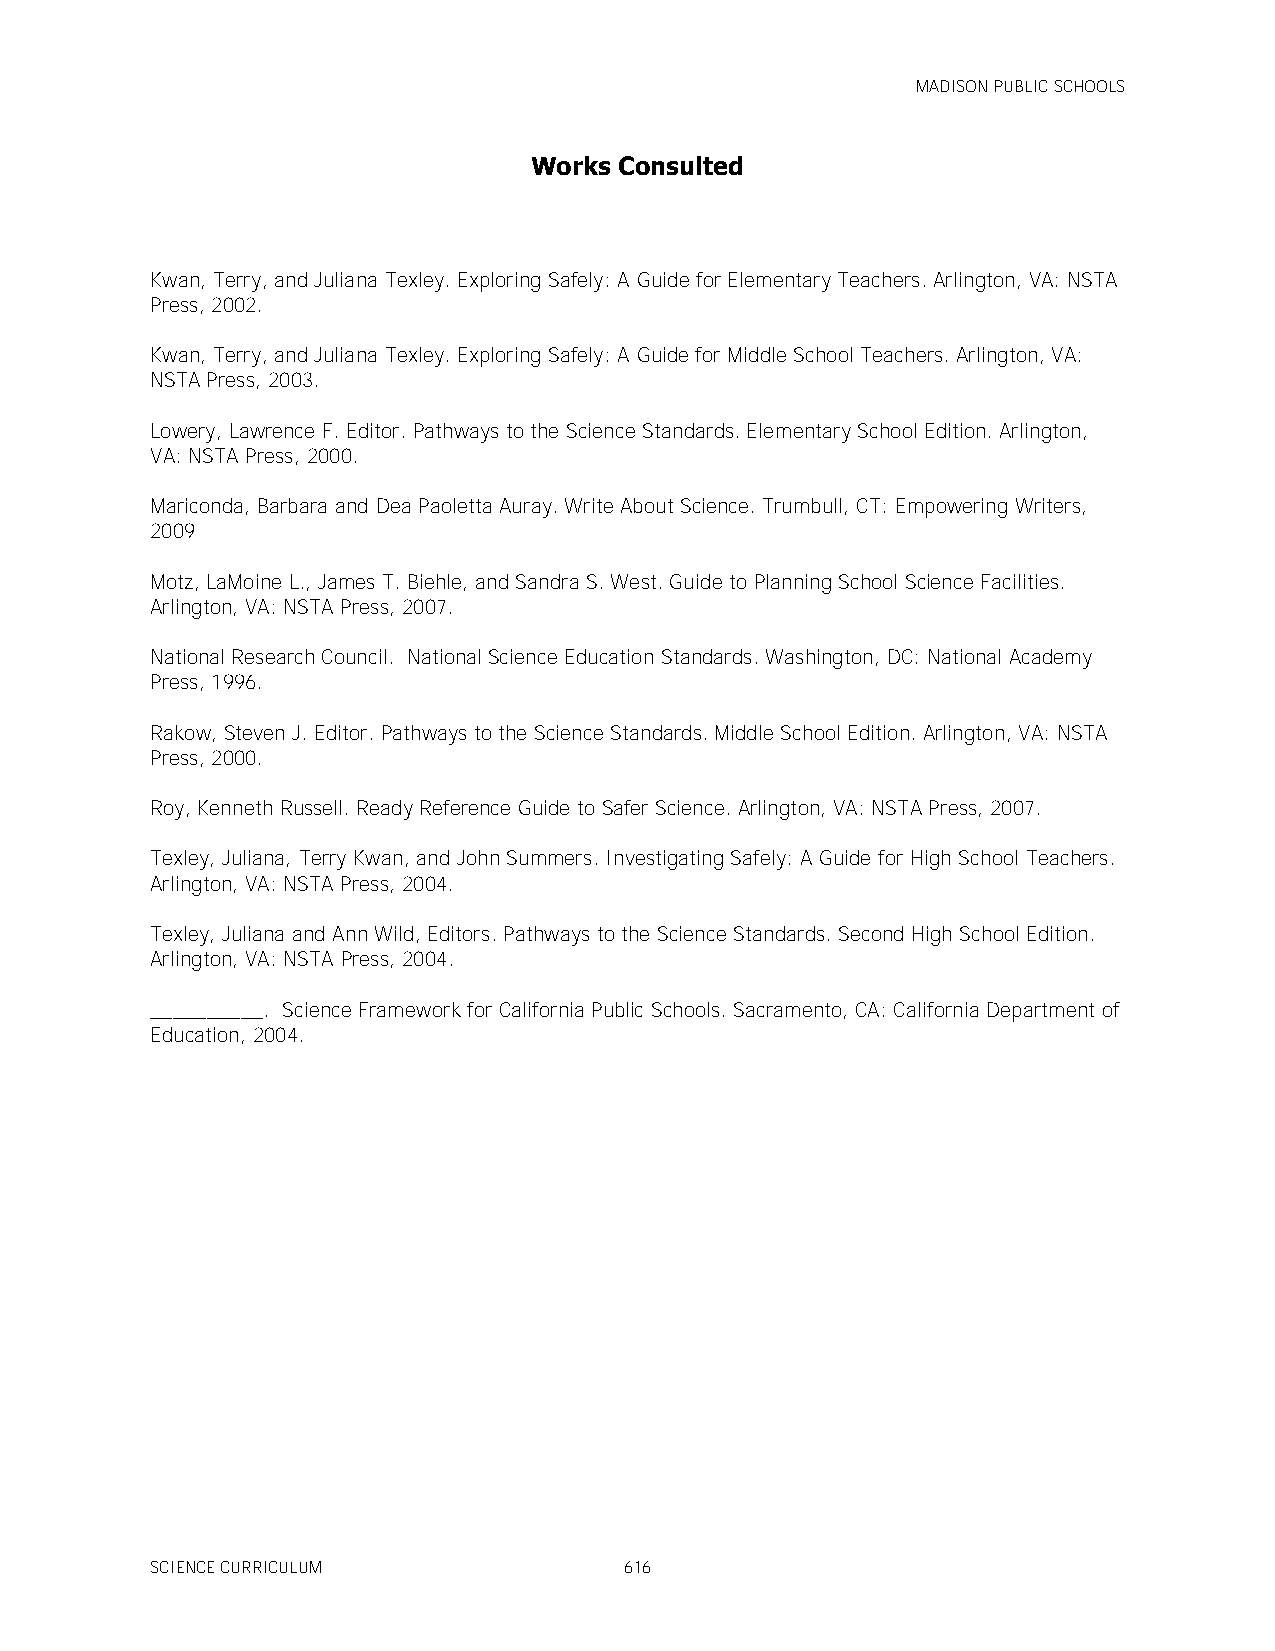
MADISON PUBLIC SCHOOLS
 Works Consulted
 Kwan, Terry, and Juliana Texley. Exploring Safely: A Guide for Elementary Teachers. Arlington, VA: NSTA
 Press, 2002.
 Kwan, Terry, and Juliana Texley. Exploring Safely: A Guide for Middle School Teachers. Arlington, VA:
 NSTA Press, 2003.
 Lowery, Lawrence F. Editor. Pathways to the Science Standards. Elementary School Edition. Arlington,
 VA: NSTA Press, 2000.
 Mariconda, Barbara and Dea Paoletta Auray. Write About Science. Trumbull, CT: Empowering Writers,
 2009
 Motz, LaMoine L., James T. Biehle, and Sandra S. West. Guide to Planning School Science Facilities.
 Arlington, VA: NSTA Press, 2007.
 National Research Council. National Science Education Standards. Washington, DC: National Academy
 Press, 1996.
 Rakow, Steven J. Editor. Pathways to the Science Standards. Middle School Edition. Arlington, VA: NSTA
 Press, 2000.
 Roy, Kenneth Russell. Ready Reference Guide to Safer Science. Arlington, VA: NSTA Press, 2007.
 Texley, Juliana, Terry Kwan, and John Summers. Investigating Safely: A Guide for High School Teachers.
 Arlington, VA: NSTA Press, 2004.
 Texley, Juliana and Ann Wild, Editors. Pathways to the Science Standards. Second High School Edition.
 Arlington, VA: NSTA Press, 2004.
 __________. Science Framework for California Public Schools. Sacramento, CA: California Department of
 Education, 2004.
 SCIENCE CURRICULUM             616